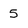
Character: 5